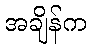
အချိန်က